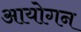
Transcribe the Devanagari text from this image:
आयोगन